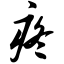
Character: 疼